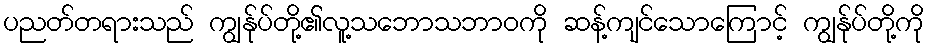
ပညတ်တရားသည် ကျွန်ုပ်တို့၏လူ့သဘောသဘာဝကို ဆန့်ကျင်သောကြောင့် ကျွန်ုပ်တို့ကို